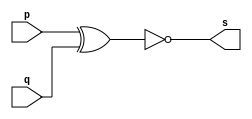
// ----------------
// Exemplo0008 - XNOR
// Nome: Josemar Alves Caetano
// Matrcula: 448662
// Data: 02/08/2012
// ----------------

// ----------------
// -- xnor gate
// ----------------
module xnorgate(output s, input p, input q);
 assign s = (~(p ^ q));
endmodule

// ----------------
// -- test xnorgate
// ----------------
module testxnorgate;

// ---------------- Dados locais
 reg a, b; //Definir registradores
 wire s; //Definir conexo (fio)

// ---------------- Intncia
 xnorgate XNOR1(s, a, b);

// ---------------- Preparao
 initial begin:start
  a = 0; b = 0;
 end

// ---------------- Parte principal
 initial begin:main
   $display("Exemplo0008 - Josemar Alves Caetano - 448662");
   $display("Teste XNOR gate.");
   $display("\t~(a ^ b)\n");
  
   $monitor("\t~(%b ^ %b) = %b", a, b, s);
  #1 a = 0; b = 1;
  #1 a = 1; b = 0;
  #1 a = 1; b = 1;
 
 end//main
 
endmodule//testxnorgate